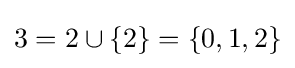
3=2\cup \{2\}=\{0,1,2\}